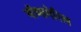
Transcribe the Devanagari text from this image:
बॉब्समेरिल